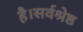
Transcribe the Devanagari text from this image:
है।सर्वश्रेष्ठ